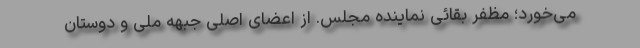
می‌خورد؛ مظفر بقائی نماینده مجلس. از اعضای اصلی جبهه ملی و دوستان